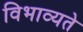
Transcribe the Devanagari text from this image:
विभाव्यते